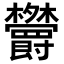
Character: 𣡱